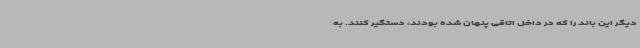
دیگر این باند را که در داخل اتاقی پنهان شده بودند، دستگیر کنند. به